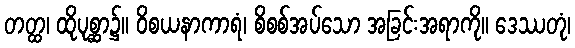
တတ္ထ၊ ထိုပုစ္ဆာ၌။ ဝိစယနာကာရံ၊ စိစစ်အပ်သော အခြင်းအရာကို။ ဒေဿတုံ၊